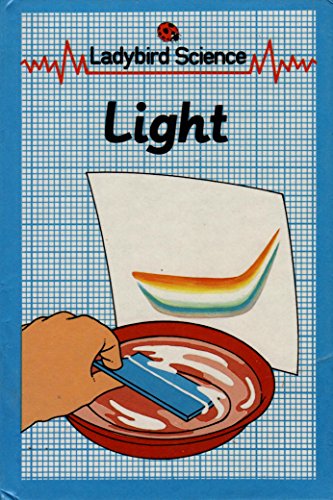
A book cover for Light (Ladybird Junior Science); John Paull; Children's Books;